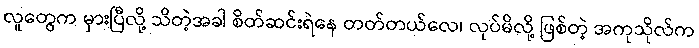
လူတွေက မှားပြီလို့ သိတဲ့အခါ စိတ်ဆင်းရဲနေ တတ်တယ်လေ၊ လုပ်မိလို့ ဖြစ်တဲ့ အကုသိုလ်က